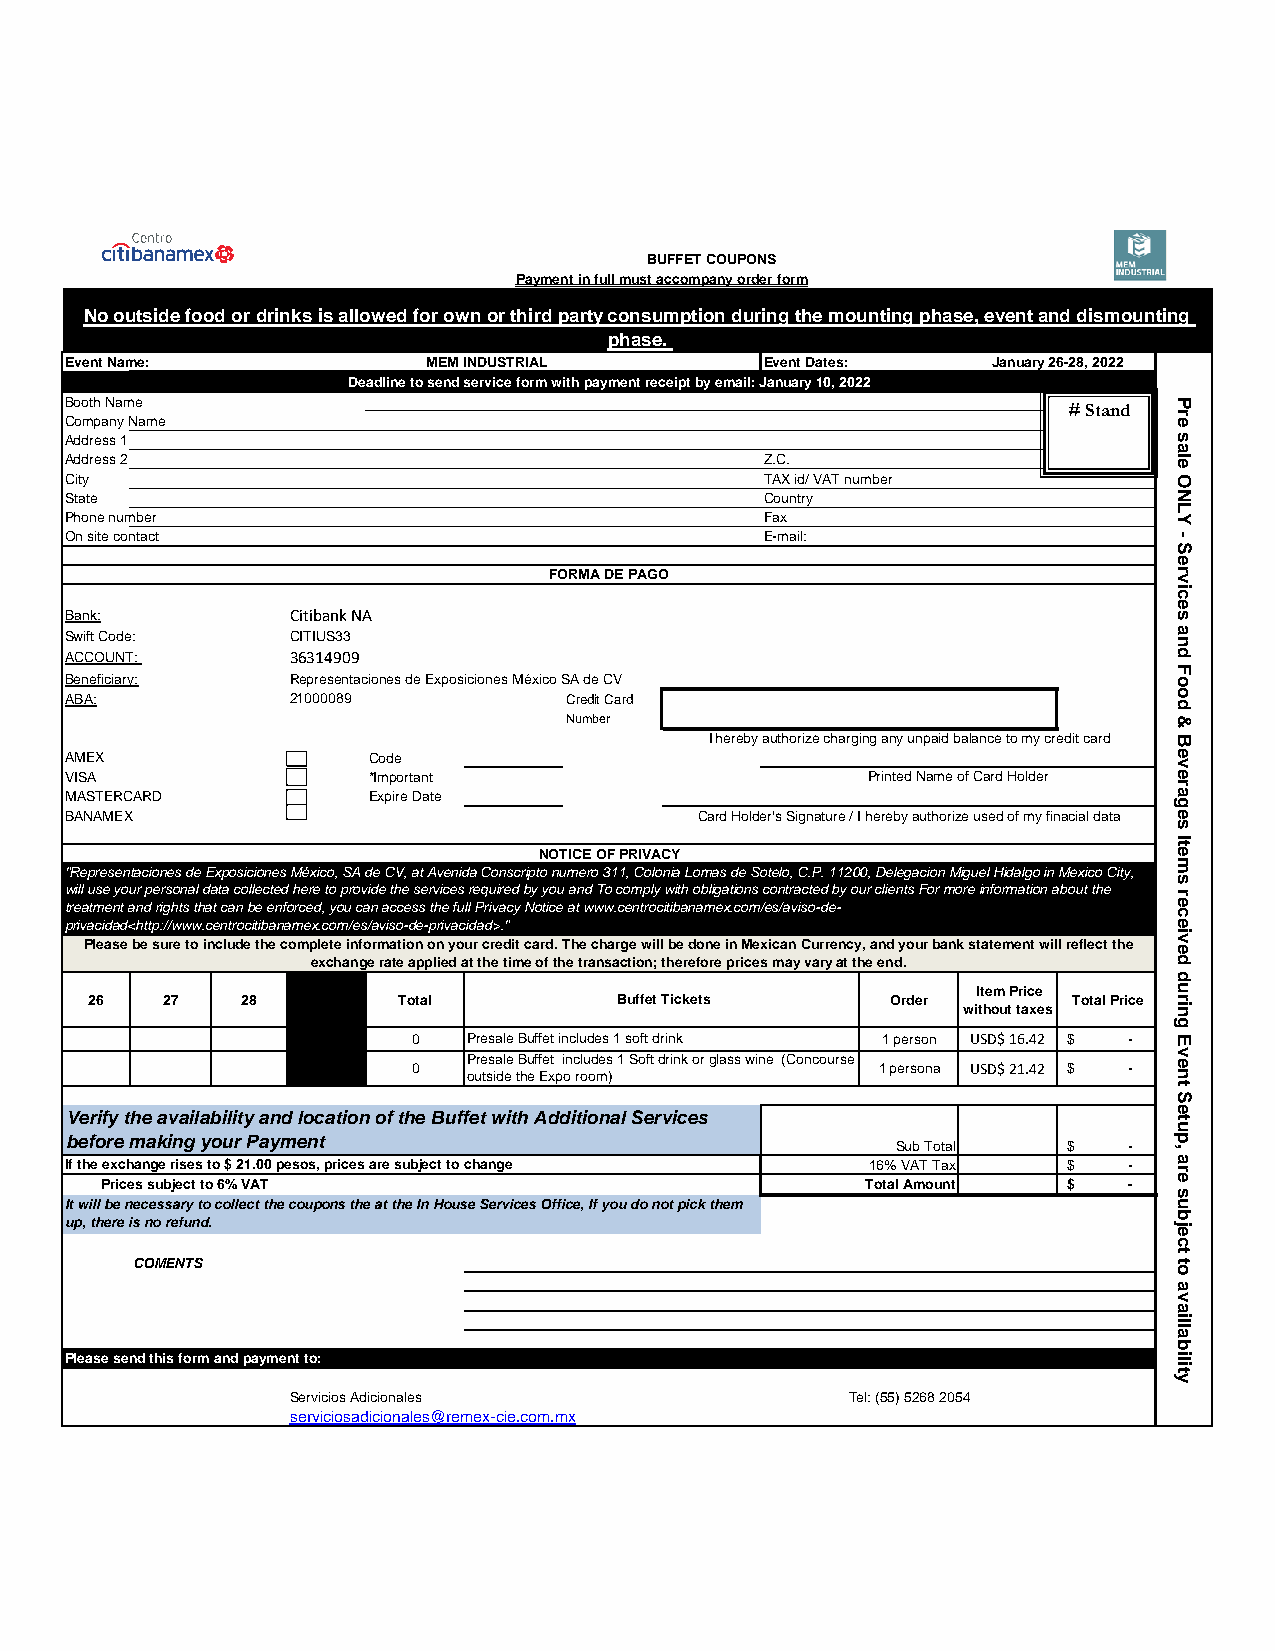
BUFFET COUPONS
 Payment in full must accompany order form
 No outside food or drinks is allowed for own or third party consumption during the mounting phase, event and dismounting
 phase.
 Event Name:             MEM INDUSTRIAL         Event Dates:   January 26-28, 2022
 Deadline to send service form with payment receipt by email: January 10, 2022
 Booth Name                                                         # Stand
 Company Name
 Address 1
 Address 2                                      Z.C.
 City                                           TAX id/ VAT number
 State                                          Country
 Phone number                                   Fax
 On site contact                                E-mail:
 FORMA DE PAGO
 Bank:          Citibank NA
 Swift Code:    CITIUS33
 ACCOUNT:       36314909
 Beneficiary:   Representaciones de Exposiciones México SA de CV
 ABA:           21000089          Credit Card
 Number
 I hereby authorize charging any unpaid balance to my credit card
 AMEX                Code
 VISA                *Important                       Printed Name of Card Holder
 MASTERCARD          Expire Date
 BANAMEX                                   Card Holder's Signature / I hereby authorize used of my finacial data
 NOTICE OF PRIVACY
 "Representaciones de Exposiciones México, SA de CV, at Avenida Conscripto numero 311, Colonia Lomas de Sotelo, C.P. 11200, Delegacion Miguel Hidalgo in Mexico City,
 will use your personal data collected here to provide the services required by you and To comply with obligations contracted by our clients For more information about the
 treatment and rights that can be enforced, you can access the full Privacy Notice at www.centrocitibanamex.com/es/aviso-de-
 privacidad<http://www.centrocitibanamex.com/es/aviso-de-privacidad>."
 Please be sure to include the complete information on your credit card. The charge will be done in Mexican Currency, and your bank statement will reflect the
 exchange rate applied at the time of the transaction; therefore prices may vary at the end.
 Item Price
 26   27   28        Total          Buffet Tickets    Order       Total Price
 without taxes
 0   Presale Buffet includes 1 soft drink 1 person USD$ 16.42 $ -
 Presale Buffet includes 1 Soft drink or glass wine (Concourse
 0                              1 persona USD$ 21.42 $ -
 outside the Expo room)
 Verify the availability and location of the Buffet with Additional Services
 before making your Payment
 Sub Total   $   -
 If the exchange rises to $ 21.00 pesos, prices are subject to change 16% VAT Tax $ -
 Prices subject to 6% VAT                          Total Amount  $   -
 It will be necessary to collect the coupons the at the In House Services Office, If you do not pick them
 up, there is no refund.
 COMENTS
 Please send this form and payment to:
 Servicios Adicionales                Tel: (55) 5268 2054
 serviciosadicionales@remex-cie.com.mx
 Pre
 sale
 ONLY
 -
 Services
 and
 Food
 &
 Beverages
 Items
 received
 during
 Event
 Setup,
 are
 subject
 to
 availlability